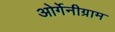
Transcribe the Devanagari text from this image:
ओर्गेनीग्राम